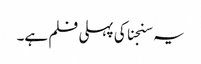
یہ سنجنا کی پہلی فلم ہے۔